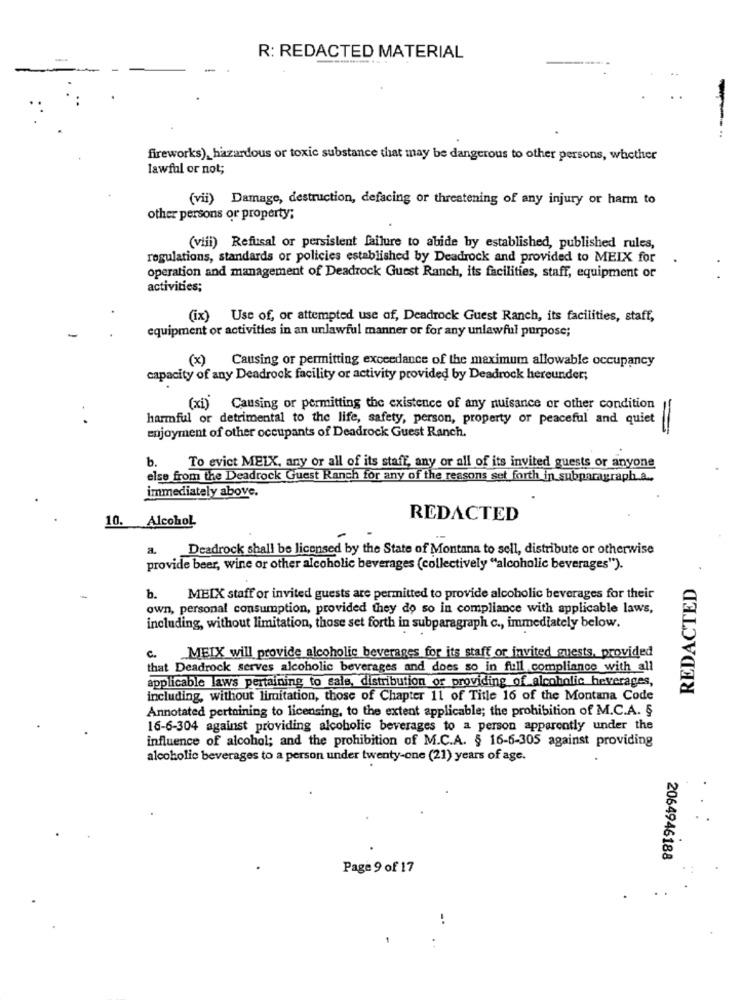
R: REDACTED MATERIAL
-
fireworks), hazardous or toxic substance that may be dangerous to other persons, whether
lawful or not;
(vii) Damage, destruction, defacing or threatening of any injury or harm to
other persons or property;
(viii) Refusal or persistent failure to abide by established, published rules,
regulations, standards or policies established by Deadrock and provided to MEIX for
operation and management of Deadrock Guest Ranch, its facilities, staff, equipment or
activities;
(ix) Use of, or attempted use of, Deadrock Guest Ranch, its facilities, staff,
equipment or activities in an unlawful manner or for any unlawful purpose;
(x)
Causing or permitting exceedance of the maximum allowable occupancy
capacity of any Deadrock facility or activity provided by Deadrock hereunder;
(xi) Causing or permitting the existence of any nuisance or other condition
harmful or detrimental to the life, safety, person, property or peaceful and quiet
enjoyment of other occupants of Deadrock Guest Ranch.
b.
To evict MELX, any or all of its staff, any or all of its invited guests or anyone
else from the Deadrock Guest Ranch for any of the reasons set forth in subparagraph a.
immediately above.
10. Alcohol
REDACTED
a. Deadrock shall be licensed by the State of Montana to sell, distribute or otherwise
provide beer, wine or other alcoholic beverages (collectively "alcoholic beverages").
REDACTED
b.
MEIX staff or invited guests are permitted to provide alcoholic beverages for their
own, personal consumption, provided they do so in compliance with applicable laws,
including, without limitation, those set forth in subparagraph c ., immediately below.
c.
MEIX will provide alcoholic beverages for its staff or invited guests, provided
that Deadrock serves alcoholic beverages and does so in full compliance with all
applicable laws pertaining to sale, distribution or providing of alcoholic beverages,
including, without limitation, those of Chapter 11 of Title 16 of the Montana Code
Annotated pertaining to licensing, to the extent applicable; the prohibition of M.C.A. §
16-6-304 against providing alcoholic beverages to a person apparently under the
influence of alcohol; and the prohibition of M.C.A. § 16-6-305 against providing
alcoholic beverages to a person under twenty-one (21) years of age.
2064946188
Page 9 of 17